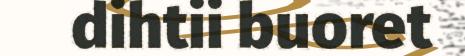
dihtii buoret